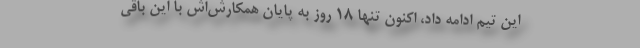
این تیم ادامه داد، اکنون تنها ۱۸ روز به پایان همکارش‌اش با این باقی